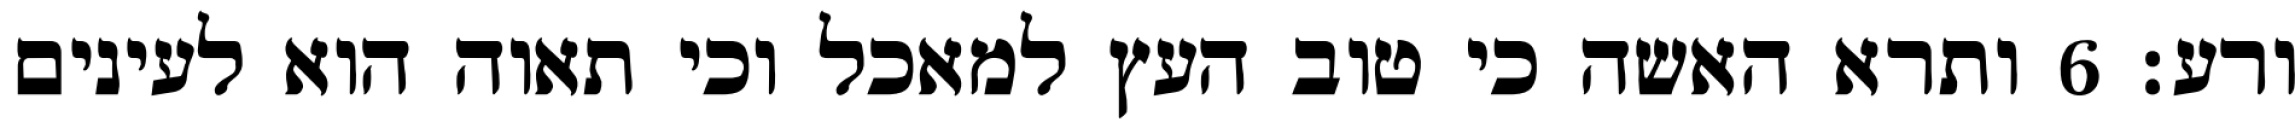
ורע׃ ‎6‏ ותרא האשה כי טוב העץ למאכל וכי תאוה הוא לעינים